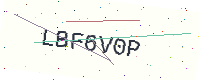
Text: LBF6V0P